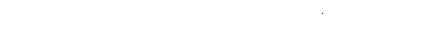
လည်းကောင်း။ ဒိသွာန၊ မြင်၍။ မေထုနသ္မိံ၊ မေထုန်မှီဝဲခြင်း၌။ ဆန္ဒော အပိ၊ ဆန္ဒသည်လည်း။